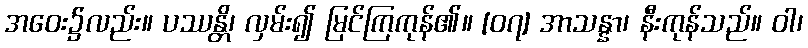
အဝေး၌လည်း။ ပဿန္တိ၊ လှမ်း၍ မြင်ကြကုန်၏။ [၀၇] အာသန္နာ၊ နီးကုန်သည်။ ဝါ၊